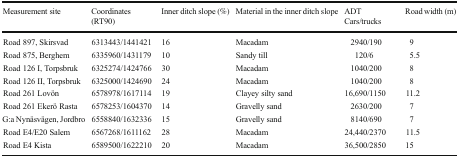
| Measurement site | Coordinates (RT90) | Inner ditch slope (%) | Material in the inner ditch slope | ADT Cars/trucks | Road width (m) |
 | --- | --- | --- | --- | --- | --- |
 | Road 897, Skirsvad | 6313443/1441421 | 16 | Macadam | 2940/190 | 9 |
 | Road 875, Berghem | 6335960/1431179 | 10 | Sandy till | 120/6 | 5.5 |
 | Road 126 I, Torpsbruk | 6325274/1424766 | 30 | Macadam | 1040/200 | 8 |
 | Road 126 II, Torpsbruk | 6325000/1424690 | 24 | Macadam | 1040/200 | 8 |
 | Road 261 Lovön | 6578978/1617114 | 19 | Clayey silty sand | 16,690/1150 | 11.2 |
 | Road 261 Ekerö Rasta | 6578253/1604370 | 14 | Gravelly sand | 2630/200 | 7 |
 | G:a Nynäsvägen, Jordbro | 6558840/1632336 | 15 | Gravelly sand | 8140/690 | 7 |
 | Road E4/E20 Salem | 6567268/1611162 | 28 | Macadam | 24,440/2370 | 11.5 |
 | Road E4 Kista | 6589500/1622210 | 20 | Macadam | 36,500/2850 | 15 |